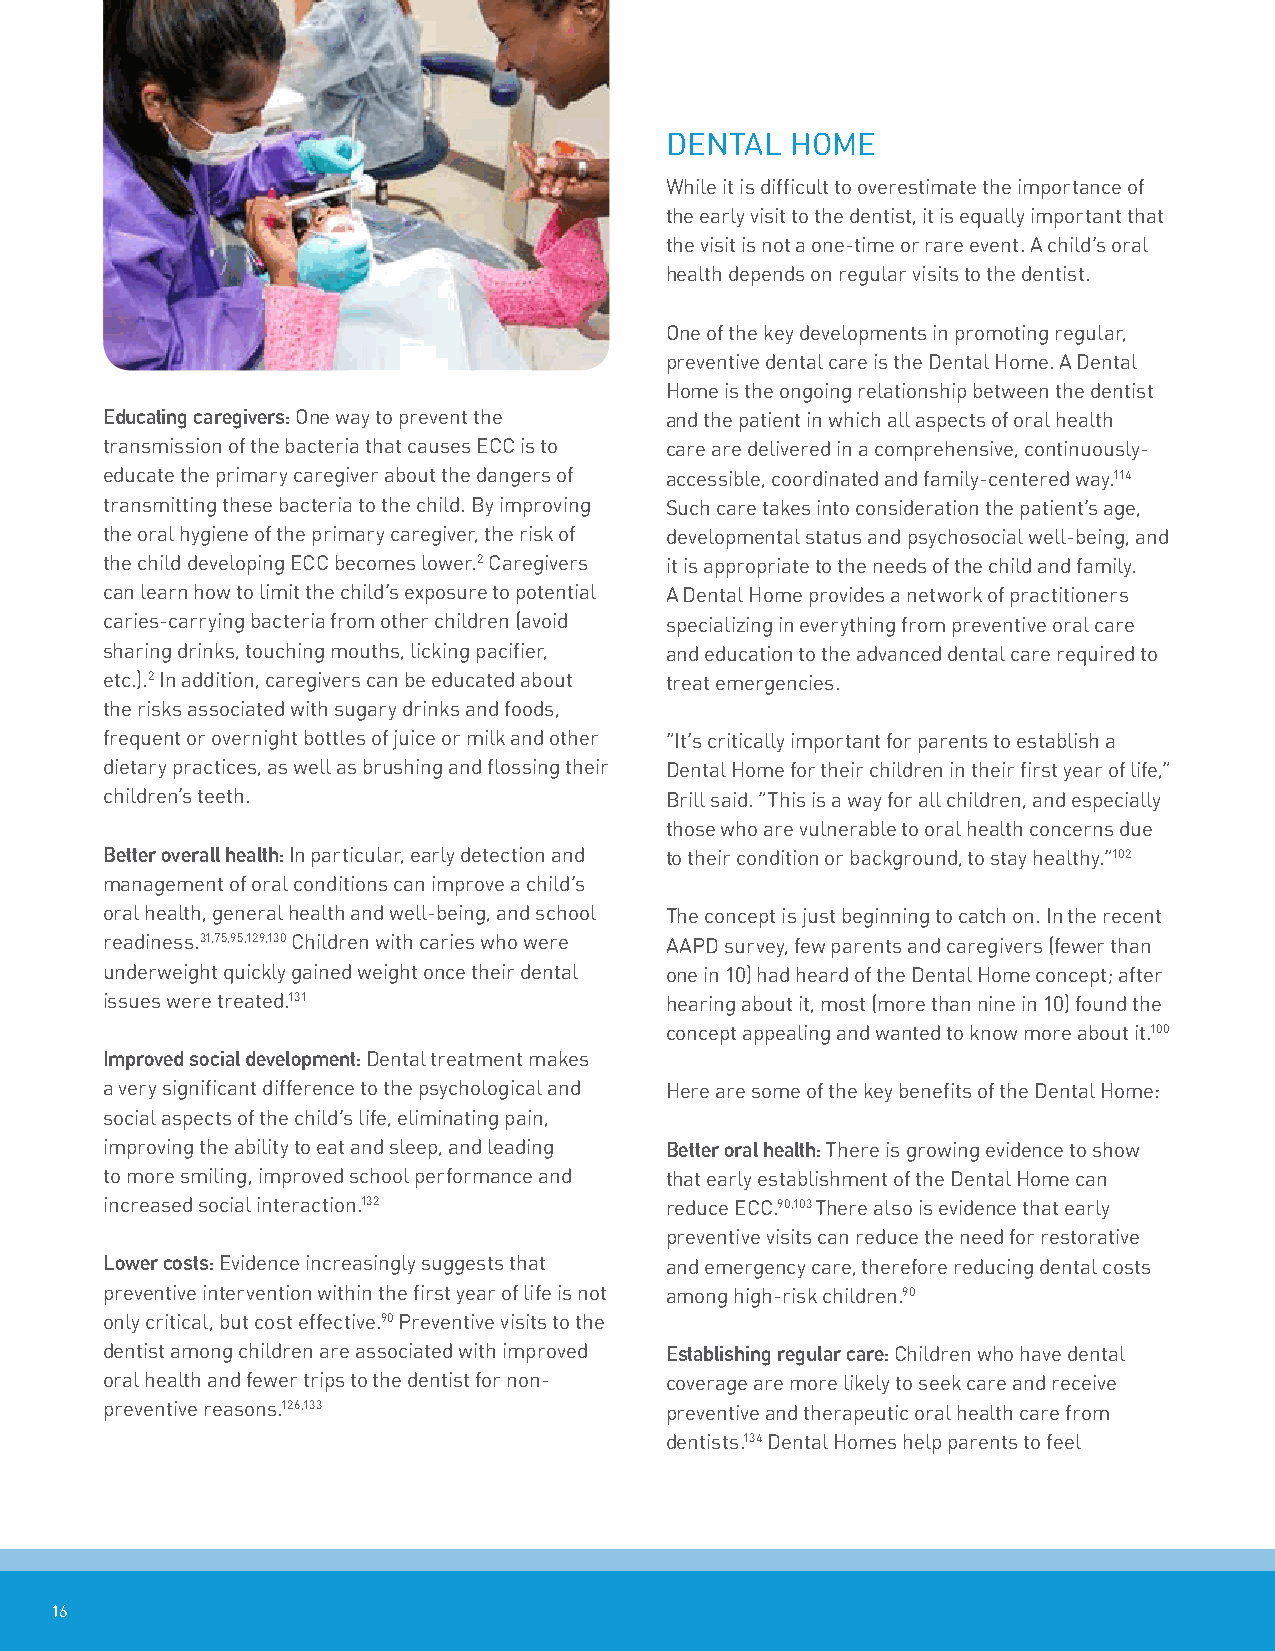
DenTaL  hoMe
 While it is difficult to overestimate the importance of
 the early visit to the dentist, it is equally important that
 the visit is not a one-time or rare event. a child’s oral
 health depends on regular visits to the dentist.
 one of the key developments in promoting regular,
 preventive dental care is the Dental home. a Dental
 home is the ongoing relationship between the dentist
 educating caregivers: one way to prevent the and the patient in which all aspects of oral health
 transmission of the bacteria that causes eCC is to care are delivered in a comprehensive, continuously-
 educate the primary caregiver about the dangers of accessible, coordinated and family-centered way.114
 transmitting these bacteria to the child. By improving Such care takes into consideration the patient’s age,
 the oral hygiene of the primary caregiver, the risk of developmental status and psychosocial well-being, and
 the child developing eCC becomes lower.2 Caregivers it is appropriate to the needs of the child and family.
 can learn how to limit the child’s exposure to potential a Dental home provides a network of practitioners
 caries-carrying bacteria from other children (avoid specializing in everything from preventive oral care
 sharing drinks, touching mouths, licking pacifier, and education to the advanced dental care required to
 etc.).2 in addition, caregivers can be educated about treat emergencies.
 the risks associated with sugary drinks and foods,
 frequent or overnight bottles of juice or milk and other “it’s critically important for parents to establish a
 dietary practices, as well as brushing and flossing their Dental home for their children in their first year of life,”
 children’s teeth.                    Brill said. “This is a way for all children, and especially
 those who are vulnerable to oral health concerns due
 Better overall health: in particular, early detection and to their condition or background, to stay healthy.”102
 management of oral conditions can improve a child’s
 oral health, general health and well-being, and school The concept is just beginning to catch on. in the recent
 readiness.31,75,95,129,130 Children with caries who were aaPD survey, few parents and caregivers (fewer than
 underweight quickly gained weight once their dental one in 10) had heard of the Dental home concept; after
 issues were treated.131              hearing about it, most (more than nine in 10) found the
 concept appealing and wanted to know more about it.100
 Improved social development: Dental treatment makes
 a very significant difference to the psychological and here are some of the key benefits of the Dental home:
 social aspects of the child’s life, eliminating pain,
 improving the ability to eat and sleep, and leading Better oral health: There is growing evidence to show
 to more smiling, improved school performance and that early establishment of the Dental home can
 increased social interaction.132     reduce eCC.90,103 There also is evidence that early
 preventive visits can reduce the need for restorative
 lower costs: evidence increasingly suggests that and emergency care, therefore reducing dental costs
 preventive intervention within the first year of life is not among high-risk children.90
 only critical, but cost effective.90 Preventive visits to the
 dentist among children are associated with improved establishing regular care: Children who have dental
 oral health and fewer trips to the dentist for non- coverage are more likely to seek care and receive
 preventive reasons.126,133           preventive and therapeutic oral health care from
 dentists.134 Dental homes help parents to feel
 16